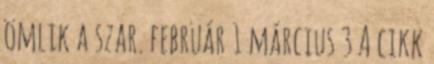
ömlik a szar. február 1 március 3 A cikk